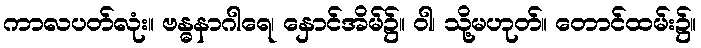
ကာလပတ်လုံး။ ဗန္ဓနာဂါရေ၊ နှောင်အိမ်၌။ ဝါ၊ သို့မဟုတ်။ တောင်ထမ်း၌။